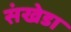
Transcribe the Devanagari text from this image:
संखेडा